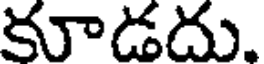
కూడదు.